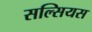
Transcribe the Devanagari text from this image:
सल्सियस